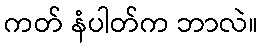
ကတ် နံပါတ်က ဘာလဲ။